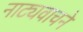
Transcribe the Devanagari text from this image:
नाट्यवाचने